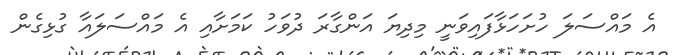
އެ މައްސަލަ ހުށަހަޅާފައިވަނީ މިދިޔަ އަންގާރަ ދުވަހު ކަމަށާއި އެ މައްސަލައާ ގުޅިގެން